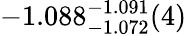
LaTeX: -1.088_{-1.072}^{-1.091}(4)